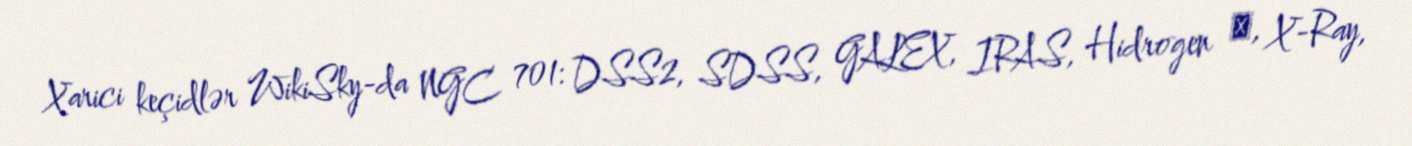
Xarici keçidlər WikiSky-da NGC 701: DSS2, SDSS, GALEX, IRAS, Hidrogen α, X-Ray,